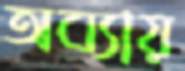
অব্যায়